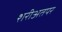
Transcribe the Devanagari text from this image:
शरीअतपर